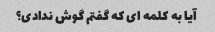
آیا به کلمه ای که گفتم گوش ندادی؟